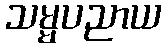
သမ္မပညာယ